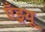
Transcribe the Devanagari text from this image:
एँड्रयू